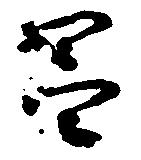
昌